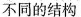
不同的结构